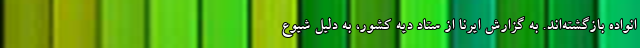
انواده بازگشته‌اند. به گزارش ایرنا از ستاد دیه کشور، به دلیل شیوع